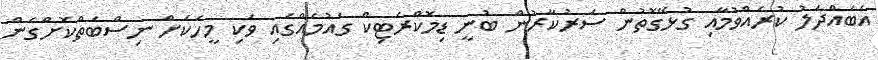
އެބައްދަލު ކުރެއްވުމާއި ގުޅޭގޮތުން ސަރުކާރުން ބުނީ ޑިމޮކްރެޓިކް ގައުމެއްގައި ވަކި މީހަކަށް ނިސްބަތްކޮށްގެން